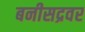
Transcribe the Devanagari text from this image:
बनीसद्रवर